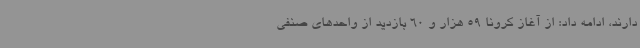
دارند، ادامه داد: از آغاز کرونا 59 هزار و 60 بازدید از واحدهای صنفی